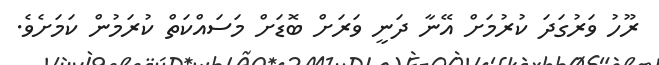
ރޫހު ވަރުގަދަ ކުރުމަށް އޭނާ ދަނީ ވަރަށް ބޮޑަށް މަސައްކަތް ކުރަމުން ކަމަށެވެ.